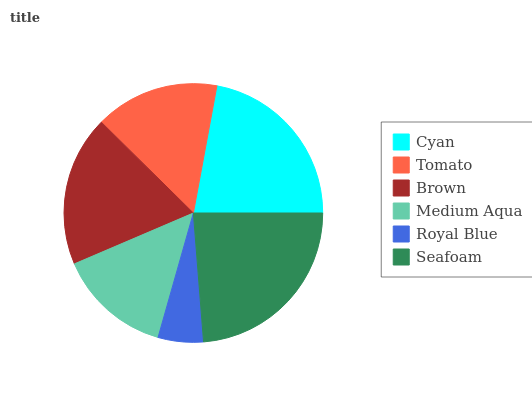
| Cyan | Tomato | Brown | Medium Aqua | Royal Blue | Seafoam |
 | --- | --- | --- | --- | --- | --- |
 | 22.1% | 15.5% | 18.8% | 14.2% | 5.65% | 23.7% |